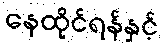
နေထိုင်ရန်နှင့်